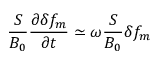
\frac { S } { B _ { 0 } } \frac { \partial \delta f _ { m } } { \partial t } \simeq \omega \frac { S } { B _ { 0 } } \delta f _ { m }